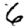
Digit: 6